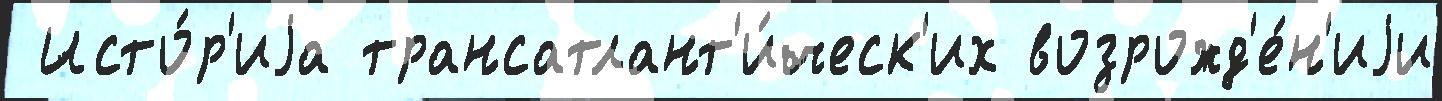
 Исто́р'иjа трансатлант'и́ческ'их возрожд'е́н'иjи